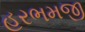
હરભમજી